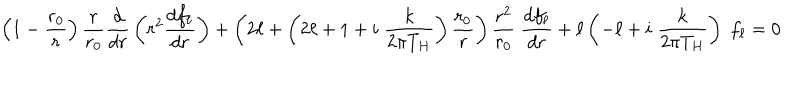
LaTeX: \left( 1 - { \frac { r _ { 0 } } { r } } \right) { \frac { r } { r _ { 0 } } } { \frac { d } { d r } } \left( r ^ { 2 } { \frac { d f _ { \ell } } { d r } } \right) + \left( 2 \ell + \left( 2 \ell + 1 + i \; { \frac { k } { 2 \pi T _ { H } } } \right) { \frac { r _ { 0 } } { r } } \right) { \frac { r ^ { 2 } } { r _ { 0 } } } \; { \frac { d f _ { \ell } } { d r } } + \ell \left( - \ell + i \; { \frac { k } { 2 \pi T _ { H } } } \right) \; f _ { \ell } = 0